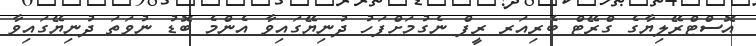
އޮސްޓްރޭލިޔާގެ ގްރޭޓް ބެރިއަރ ރީފް ނެގުމަށްފަހު ދުނިޔޭގައިވާ އެންމެ ބޮޑު ނުވަތަ ދުނިޔޭގައިވާ